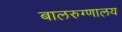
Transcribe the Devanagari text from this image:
बालरुग्णालय